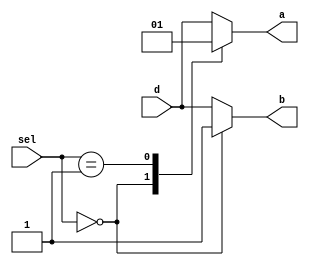
// This program was cloned from: https://github.com/steveicarus/ivtest
// License: GNU General Public License v2.0


module test
  (output reg       a,
   output reg	    b,
   input wire [1:0] sel,
   input wire	    d
   /* */);

   always @* begin
      b = d;
      case (sel)
	0:
	  begin
	     a = 0;
	     b = 1;
	  end
	1:
	  begin
	     a = 1;
	     //b = 0; // Pick up input from d instead.
	  end
	default:
	  begin
	     a = d;
	  end
      endcase // case (sel)
   end // always @ *

endmodule // test

module main;
   reg [1:0] sel;
   reg	     d;
   wire      a, b;

   test dut (.a(a), .b(b), .sel(sel), .d(d));

   initial begin
      d = 0;
      sel = 0;
      #1 if (a!==0 || b!==1) begin
	 $display("FAILED -- sel=%b, d=%b, a=%b, b=%b", sel, d, a, b);
	 $finish;
      end
      sel = 1;
      #1 if (a!==1 || b!==0) begin
	 $display("FAILED -- sel=%b, d=%b, a=%b, b=%b", sel, d, a, b);
	 $finish;
      end
      sel = 2;
      #1 if (a!==0 || b!==0) begin
	 $display("FAILED -- sel=%b, d=%b, a=%b, b=%b", sel, d, a, b);
	 $finish;
      end
      d = 1;
      #1 if (a!==1 || b!==1) begin
	 $display("FAILED -- sel=%b, d=%b, a=%b, b=%b", sel, d, a, b);
	 $finish;
      end

      $display("PASSED");
   end
endmodule